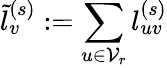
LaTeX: \tilde{l}_{v}^{(s)}:=\sum_{u\in\mathcal{V}_{r}}l_{uv}^{(s)}